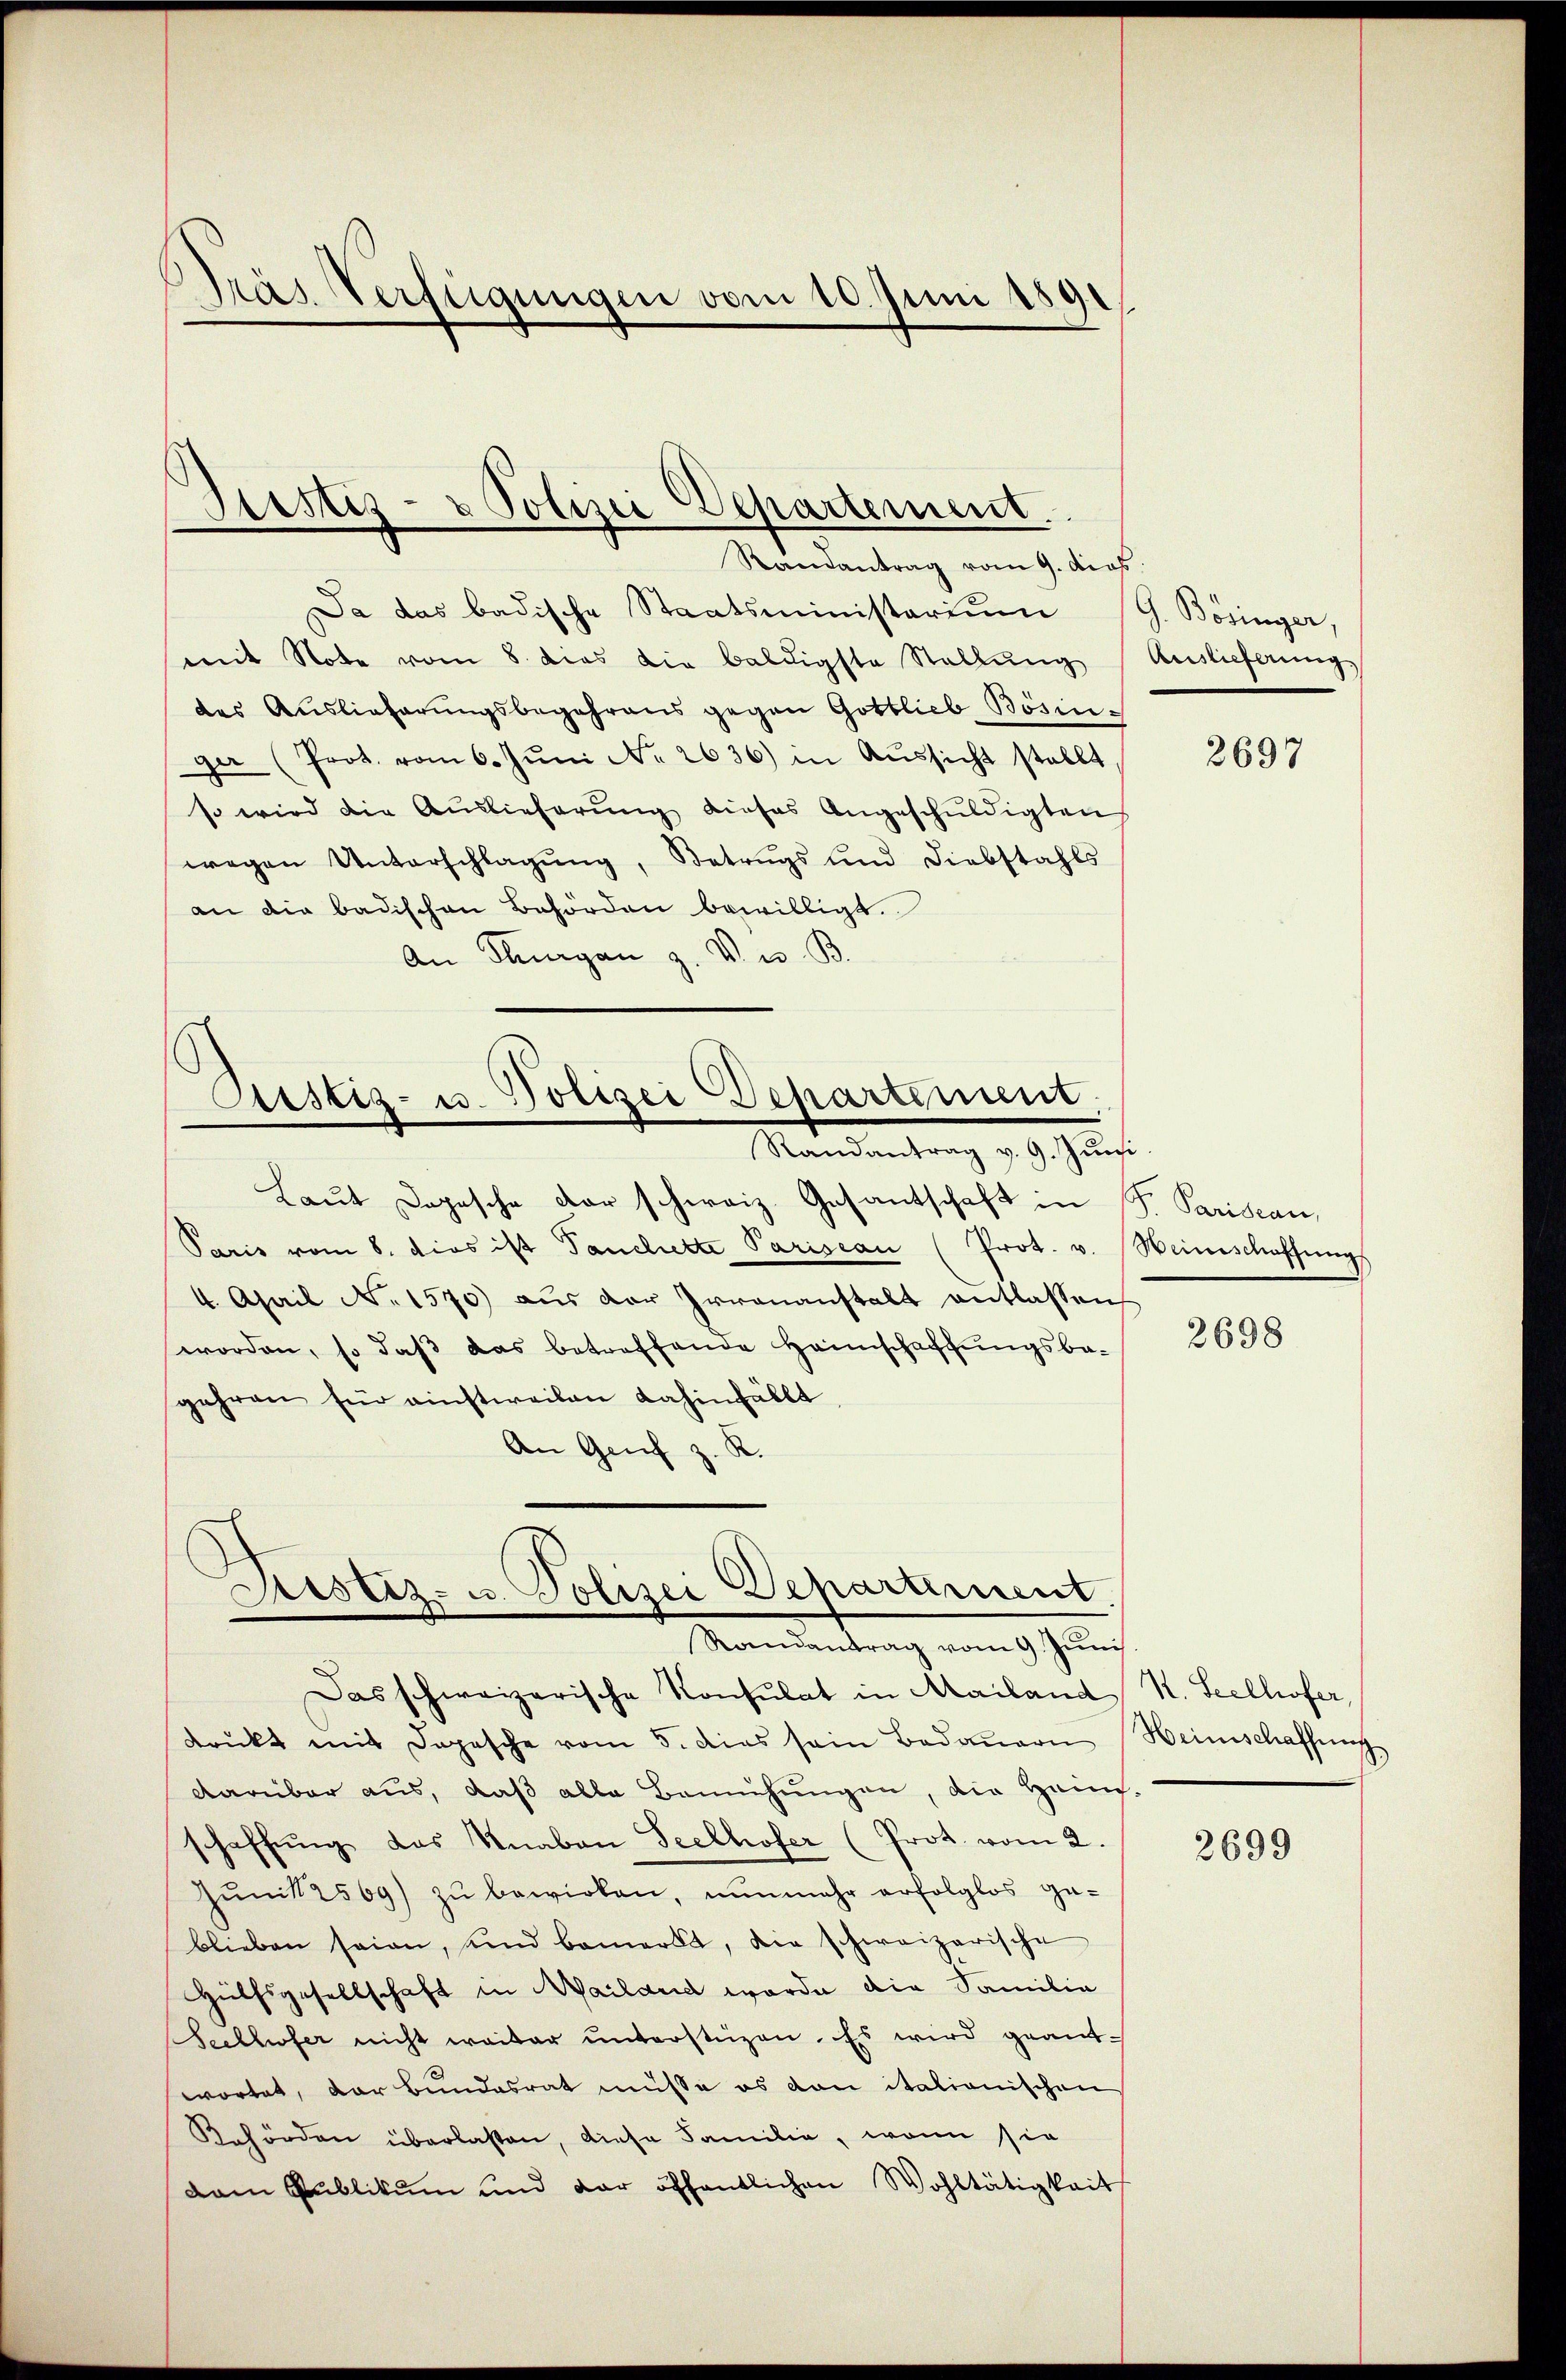
Dräs Verfügungen vom 10. Juni 1891

Justiz- & Polizei Departement.
Randantrag vom 9. dies

Da das badische Staatsministerium G. Bösinger,
mit Note vom 8. dies die baldigste Stellŭng
des Auslieferungsbegehrens gegen Gottlieb Bösinga (Prot. vom 6. Jŭni No 2636) in Aŭssicht stellt
so wird die Auslieferŭng dieses Angeschŭldigten
wegen Unterschlagŭng, Betrugs und Diebstahls
an die badischen Behörden bewilligt.
An Klagen z. V. u. B

Justiz- u. Polizei Departement,
Randantrag v. 9. Jŭni

Laŭt Dopische der schweiz. Gesantschaft in P. Pariseau,
Paris vom 8. dies ist Tanchette Parisean (Prot. v. Weinschaffungs
4. April No 1570) aus der Irrenanstalt entlassen
worden, so daß das betreffende Heimschaffungsbagehren für einstweilen dahinfällt,
An Genf z. R.
.

Ristiz- u. Polizei Departement.
Randantrag vom 9. Juni

Das schweizerische Konsulat in Mailand
druckt mit Dopesche vom 5. dies sein Bedauern Heimschaffung
darüber aus, daß alle Bemühungen, die Hein-
schaffŭng das Knaben Seelhofer (Prot. vom 2.
Jŭnk2569) zu bewirken, nunmehr erfolglos ge-
blieben seien, und bemerkt, die schweizerische
Hülfsgesellschaft in Wailand werde die Familie
Seethofer nicht weiter unterstüzen. Es wird geantwortet, dar bundesrat müsse es dan italionischen
Behörden überlassen, diese Familie, wenn sie
dan Publikum und der öffentlichen Wohltätigkeit

Auslieferung,

2697

3698

V. Seelhofer,

2699